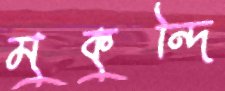
মুকুন্দি